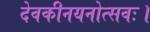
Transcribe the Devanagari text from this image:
देवकीनयनोत्सवः।